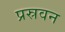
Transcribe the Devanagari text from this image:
प्रस्रवन